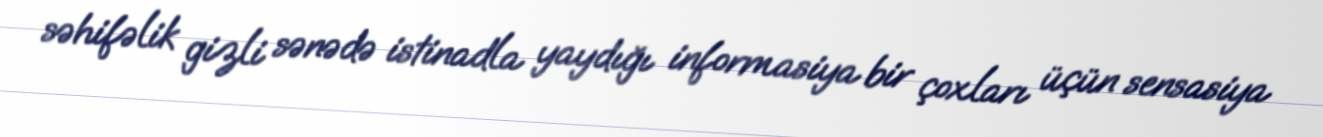
səhifəlik gizli sənədə istinadla yaydığı informasiya bir çoxları üçün sensasiya